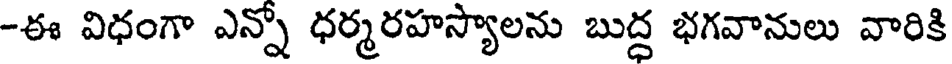
-ఈ విధంగా ఎన్నో ధర్మరహస్యాలను బుద్ద భగవానులు వారికి